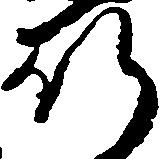
行